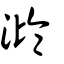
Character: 瀶